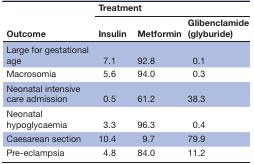
<table><thead><tr><td rowspan="2"><b>Outcome</b></td><td colspan="3"><b>Treatment</b></td></tr><tr><td><b>Insulin</b></td><td><b>Metformin</b></td><td><b>Glibenclamide (glyburide)</b></td></tr></thead><tbody><tr><td>Large for gestational age</td><td>7.1</td><td>92.8</td><td>0.1</td></tr><tr><td>Macrosomia</td><td>5.6</td><td>94.0</td><td>0.3</td></tr><tr><td>Neonatal intensive care admission</td><td>0.5</td><td>61.2</td><td>38.3</td></tr><tr><td>Neonatal hypoglycaemia</td><td>3.3</td><td>96.3</td><td>0.4</td></tr><tr><td>Caesarean section</td><td>10.4</td><td>9.7</td><td>79.9</td></tr><tr><td>Pre-eclampsia</td><td>4.8</td><td>84.0</td><td>11.2</td></tr></tbody></table>